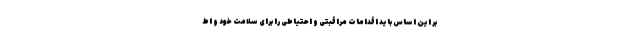
بر این اساس باید اقدامات مراقبتی و احتیاطی را برای سلامت خود و اط